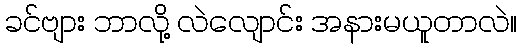
ခင်ဗျား ဘာလို့ လဲလျောင်း အနားမယူတာလဲ။